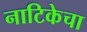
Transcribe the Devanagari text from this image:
नाटिकेचा